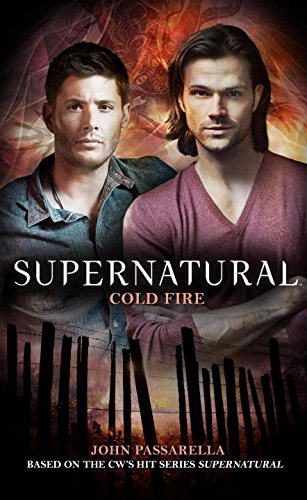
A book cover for Supernatural - Cold Fire (Supernatual); John Passarella; Science Fiction & Fantasy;